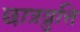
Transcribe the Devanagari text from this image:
छात्रव्रुत्ति